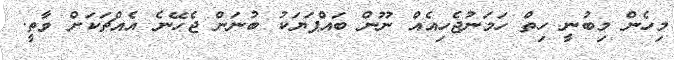
މިހެން މިބުނީ ހިތް ހަމަނުޖެހިއެއް ނޫން ބައްޕަޔަކު ބުނަން ޖެހޭނެ އެއްޗަކަށް ވާތީ.